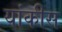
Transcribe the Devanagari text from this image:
यांकीस